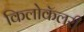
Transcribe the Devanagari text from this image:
किलोकॅलरी